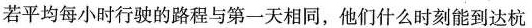
若平均每小时行驶的路程与第一天相同，他们什么时刻能到达杭